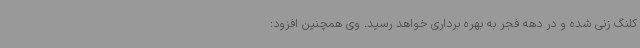
کلنگ زنی شده و در دهه فجر به بهره برداری خواهد رسید. وی همچنین افزود: